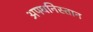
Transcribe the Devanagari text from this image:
अफ्घनिस्तान